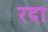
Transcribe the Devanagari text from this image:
रदा